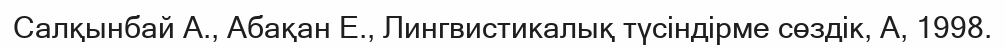
Салқынбай А., Абақан Е., Лингвистикалық түсіндірме сөздік, А, 1998.